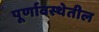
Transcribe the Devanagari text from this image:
पूर्णावस्थेतील